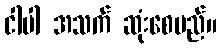
ငါပါ အသက် ဆုံးစေမည်။